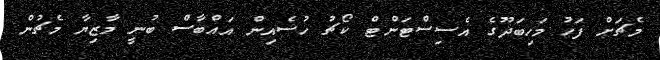
މެޗަށް ފަހު މަހިބަދޫގެ އެސިސްޓަންޓް ކޯޗު ހުސެއިން އައްބާސް ބުނީ މާޒިޔާ މެޗުން